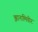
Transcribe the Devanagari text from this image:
झानामिवीर